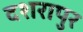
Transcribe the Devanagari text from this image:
दशरापुर